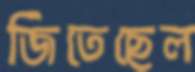
জিতেছেল